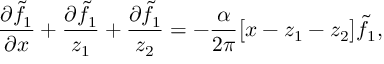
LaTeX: \frac { \partial \tilde { f } _ { 1 } } { \partial x } + \frac { \partial \tilde { f } _ { 1 } } { z _ { 1 } } + \frac { \partial \tilde { f } _ { 1 } } { z _ { 2 } } = - \frac { \alpha } { 2 \pi } \big [ x - z _ { 1 } - z _ { 2 } \big ] \tilde { f } _ { 1 } ,